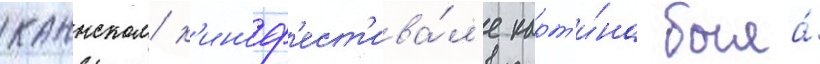
каннском к'иноф'ест'ива́л'е карт'и́на была́